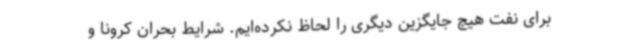
برای نفت هیچ جایگزین دیگری را لحاظ نکرده‌ایم. شرایط بحران کرونا و